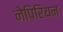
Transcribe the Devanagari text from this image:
नेपिरियन